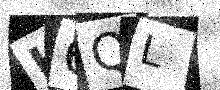
Text: H6QL